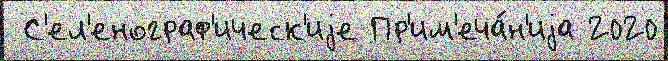
 С'ел'енограф'ическ'иjе Пр'им'еча́н'иjа 2020